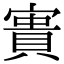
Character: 𡪲